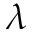
\lambda